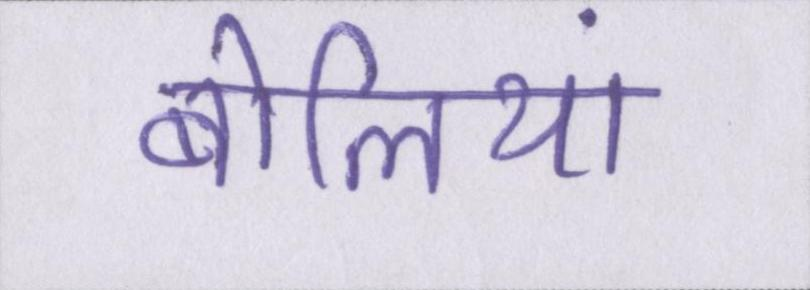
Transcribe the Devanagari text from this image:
बोलियां